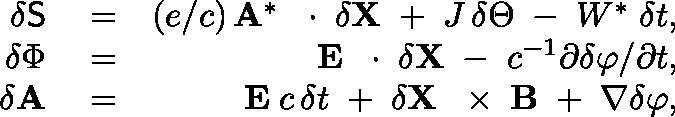
\begin{array} { r l r } { \delta { \sf S } } & { { } = } & { ( e / c ) \, { \bf A } ^ { * } \, \mathrm { ~ \boldmath ~ \cdot ~ } \, \delta { \bf X } \; + \; J \, \delta \Theta \; - \; W ^ { * } \; \delta t , } \\ { \delta \Phi } & { { } = } & { { \bf E } \, \mathrm { ~ \boldmath ~ \cdot ~ } \, \delta { \bf X } \; - \; c ^ { - 1 } \partial \delta \varphi / \partial t , } \\ { \delta { \bf A } } & { { } = } & { { \bf E } \; c \, \delta t \; + \; \delta { \bf X } \, \mathrm { ~ \boldmath ~ \times ~ } \, { \bf B } \; + \; \nabla \delta \varphi , } \end{array}